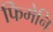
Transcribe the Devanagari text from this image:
फिमेनि